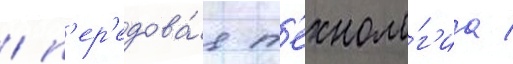
/ п'ер'едова́я т'ехноло́г'иа /